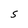
Character: S